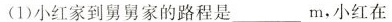
(1)小红家到舅舅家的路程是___m，小红在